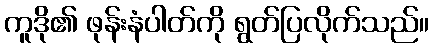
ကူဒို၏ ဖုန်းနံပါတ်ကို ရွတ်ပြလိုက်သည်။